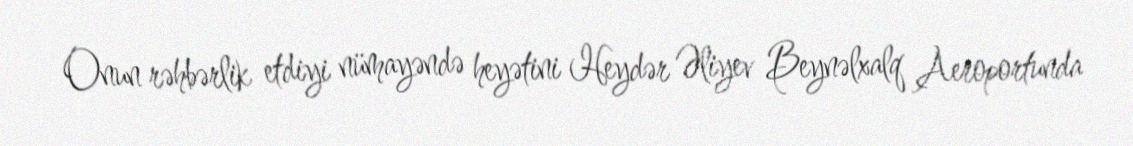
Onun rəhbərlik etdiyi nümayəndə heyətini Heydər Əliyev Beynəlxalq Aeroportunda